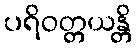
ပရိဝတ္တယန္တိ